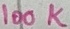
Text: 100K